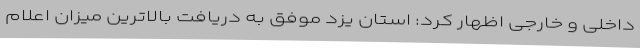
داخلی و خارجی اظهار کرد: استان یزد موفق به دریافت بالاترین میزان اعلام